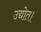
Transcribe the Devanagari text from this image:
उद्योत।